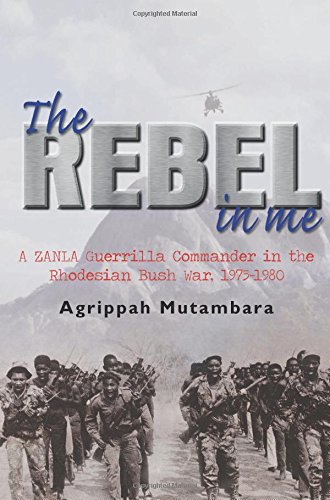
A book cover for The Rebel In Me: A ZANLA Guerrilla Commander in the Rhodesian Bush War, 1974-1980; Agrippah Mutambara; History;